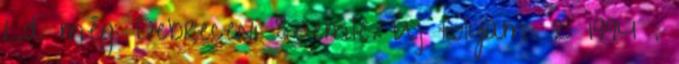
Ld. még: Debreceni Szemle. Új folyam. 2 1994 .